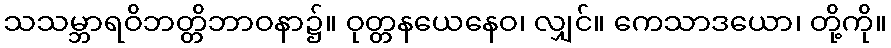
သသမ္ဘာရဝိဘတ္တိဘာဝနာ၌။ ဝုတ္တနယေနေဝ၊ လျှင်။ ကေသာဒယော၊ တို့ကို။